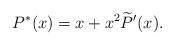
LaTeX: \begin{align*}P^*(x) = x +x^2\widetilde{P}'(x).\end{align*}